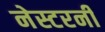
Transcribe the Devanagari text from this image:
नेस्टरनीं